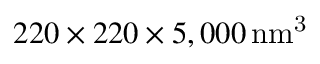
2 2 0 \times 2 2 0 \times 5 , 0 0 0 \, \mathrm { { n m ^ { 3 } } }